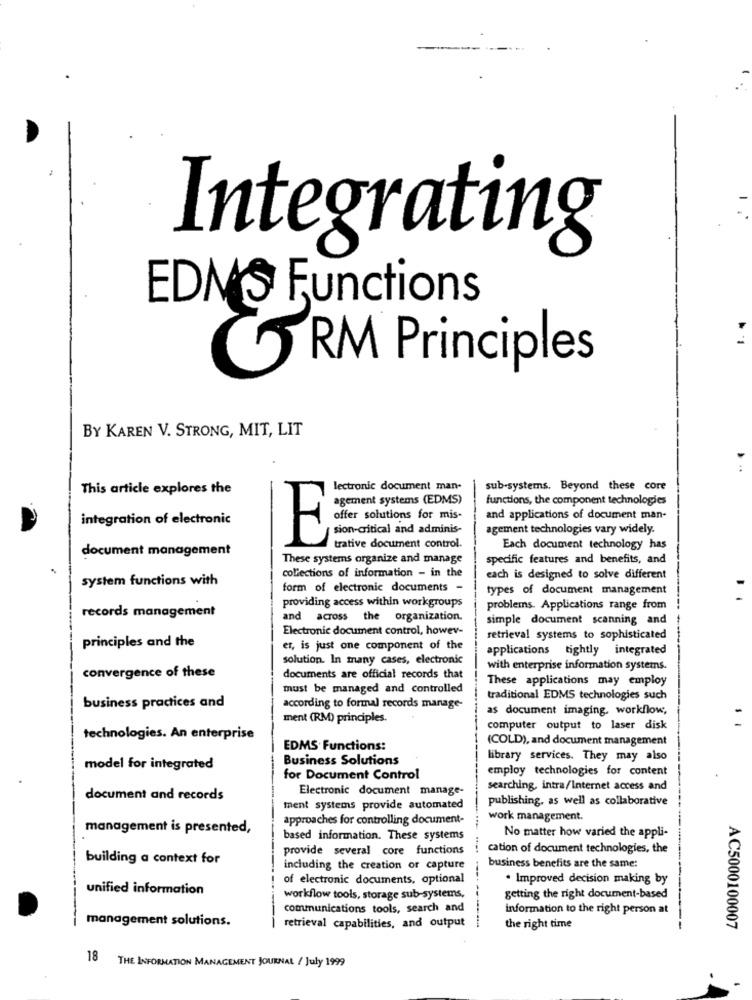
Integrating
EDM'S Functions
C
RM Principles
BY KAREN V. STRONG, MIT, LIT
This article explores the
lectronic document man-
sub-systems. Beyond these core
agement systems (EDMS)
functions, the component technologies
integration of electronic
offer solutions for mis-
and applications of document man.
sion-critical and adminis-
agement technologies vary widely.
E
document management
trative document control.
Each document technology has
These systems organize and manage
specific features and benefits, and
collections of information - in the
system functions with
each is designed to solve different
form of electronic documents -
types of document management
providing access within workgroups
records management
problems. Applications range from
and across the organization.
simple document scanning and
Electronic document control, howev-
principles and the
retrieval systems to sophisticated
er, is just one component of the
applications tightly integrated
solution. In many cases, electronic
convergence of these
with enterprise information systems.
documents are official records that
These applications may employ
must be managed and controlled
business practices and
traditional EDMS technologies such
according to formal records manage-
as document imaging. workflow,
ment (RM) principles.
computer output to laser disk
technologies. An enterprise
(COLD), and document management
EDMS Functions:
Business Solutions
library services. They may also
model for integrated
employ technologies for content
for Document Control
Electronic document manage-
searching, intra/Internet access and
document and records
publishing, as well as collaborative
ment systems provide automated
approaches for controlling document-
work management.
management is presented,
based information. These systems
No matter how varied the appli-
provide several core functions
cation of document technologies, the
building a context for
including the creation or capture
business benefits are the same:
of electronic documents, optional
· Improved decision making by
unified information
workflow tools, storage sub-systems,
getting the right document-based
communications tools, search and
information to the right person at
management solutions.
retrieval capabilities, and output
the right time
AC5000100007
18
THE INFORMATION MANAGEMENT JOURNAL / July 1999